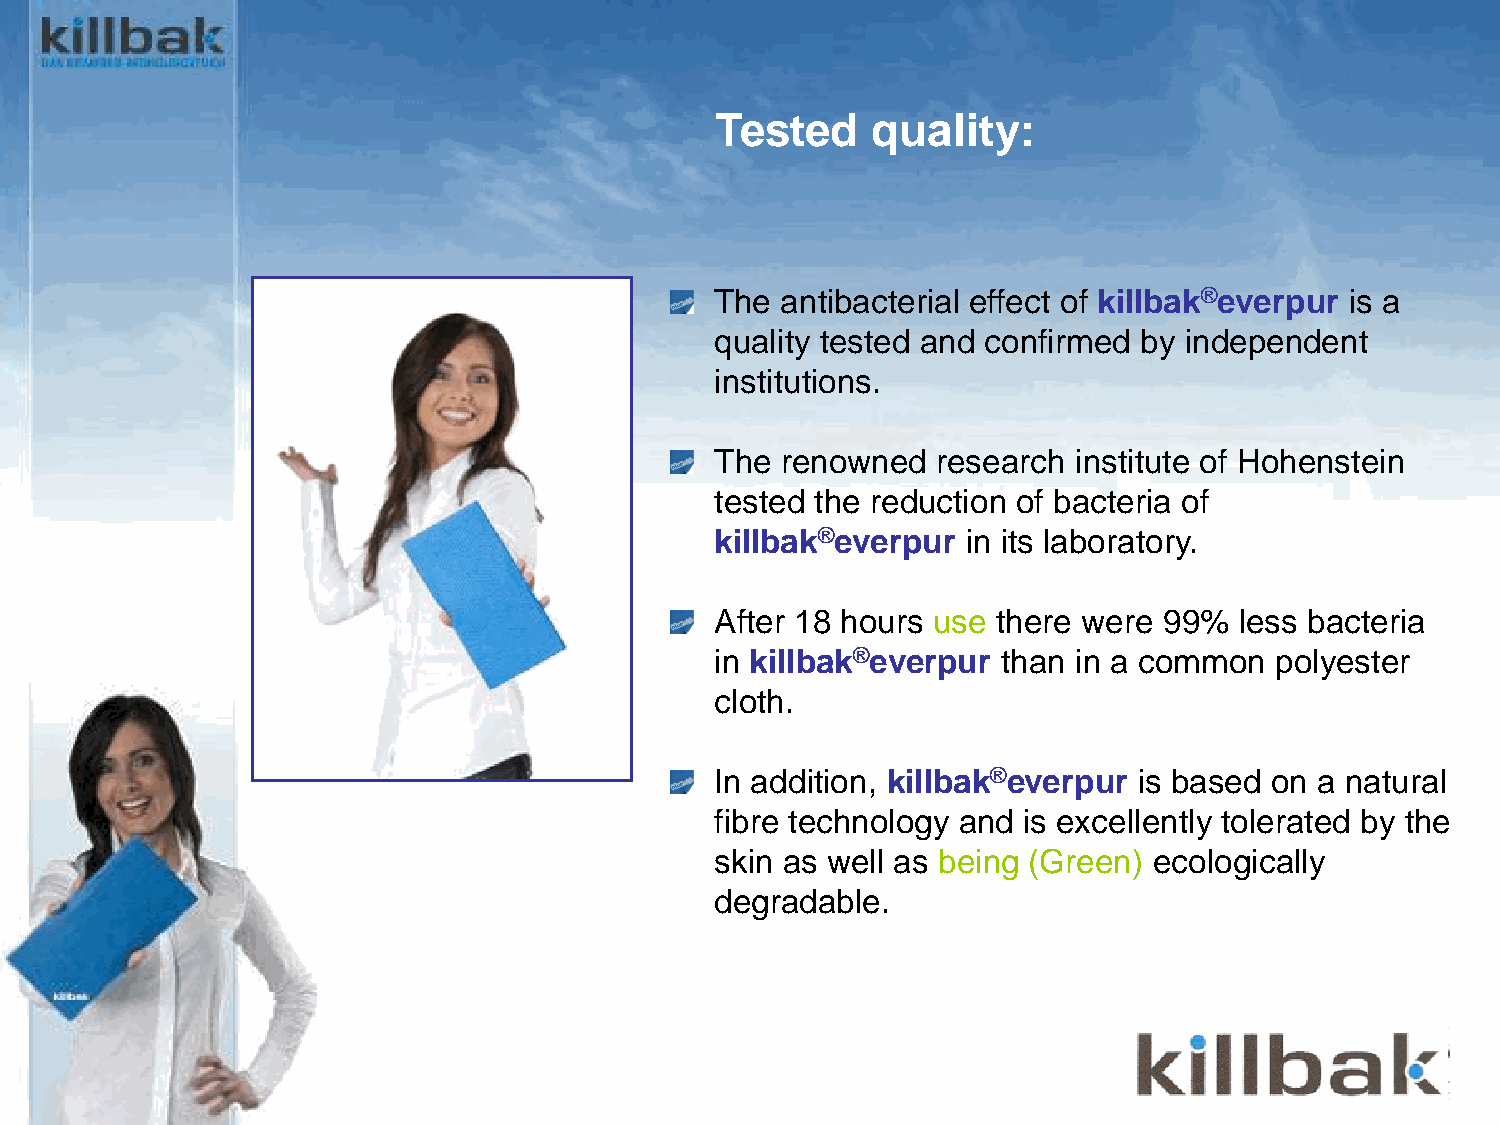
BlueWish®
 Tested     quality:
 The  antibacterial effect of killbak®everpur is a
 quality tested and confirmed by independent
 institutions.
 The  renowned  research institute of Hohenstein
 tested the reduction of bacteria of
 killbak®everpur  in its laboratory.
 After 18 hours use there were 99%  less bacteria
 in killbak®everpur than in a common  polyester
 cloth.
 In addition, killbak®everpur is based on a natural
 fibre technology and is excellently tolerated by the
 skin as well as being (Green) ecologically
 degradable.